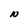
Character: N